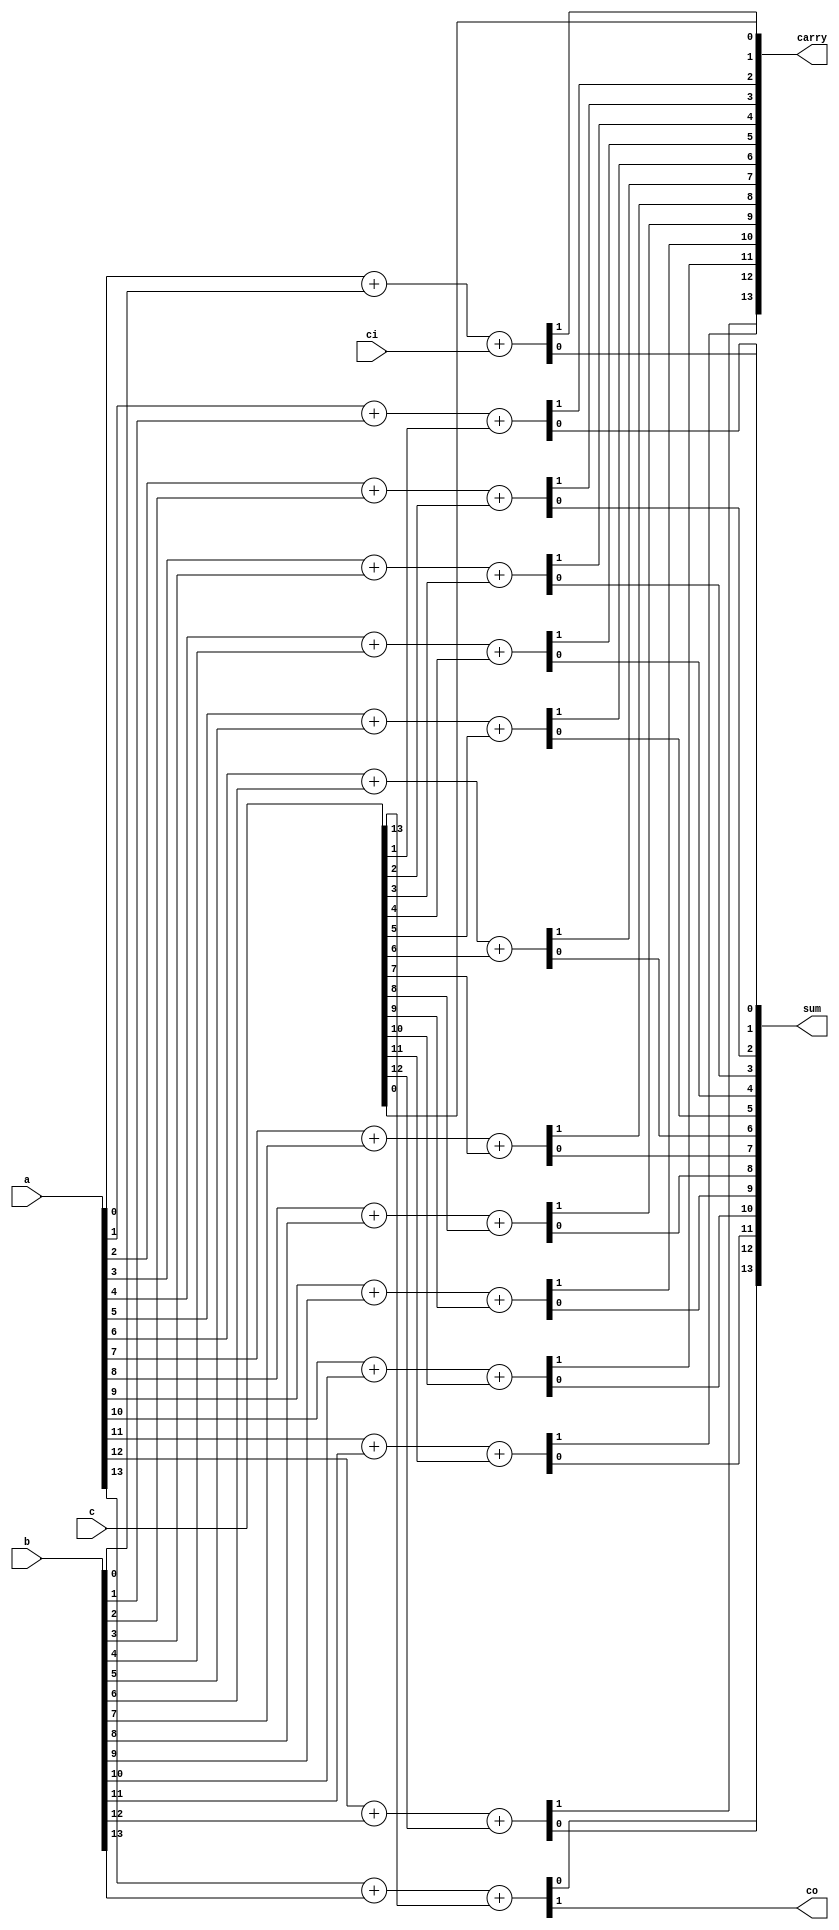
         

//--------------------------------------------------------------------------------------------------
//
// Title       : DW01_csa
// Design      : Carry Save Adder

// Company     : 
//-------------------------------------------------------------------------------------------------
//
// Description : DW01_csa adds three operands a, b, and c with a carry-in (ci) to produce the outputs 
//               sum and carry with a carry-out (co.)
//
//-------------------------------------------------------------------------------------------------

module DW01_csa ( a, b, c, ci, carry, sum, co )/* synthesis syn_builtin_du = "weak" */;
	parameter	width	= 14;//parameter specifying number of bits 
	//Input/output declaration
	input [width - 1 : 0]	a; //input line 1
	input [width - 1 : 0]	b; //input line 2
	input [width - 1 : 0]	c; //input line 3
	input					ci;//input carry in
	
	output	[width - 1 : 0]	sum;//output sum
	output	[width - 1 : 0]	carry;//output carry
	output					co;//output carry_out 
	//Register declaration
	reg		[width - 1 : 0]	sum;//output sum
	reg		[width - 1 : 0]	carry;//output carry
	reg 					co;
	integer					i;
	
	//Carry Save adder with carry_in
	//For width > 1, carry[0] = c[0]
	always@( a or b or c or ci )
	begin
		{carry[0], sum[0]} = csa(a[0], b[0], ci);
		// synthesis loop_limit 2000  
		for( i = 1 ; i < width ; i = i + 1 )
			{carry[i], sum[i]} = csa(a[i], b[i], c[i]);

		co = carry[ width - 1 ];
		carry = carry << 1 ;
		carry[0] = c[0] ;
	end	 					   

	//Carry Save adder with carry_in
	//For width > 1, carry[0] = cin. Functionally both are same
//	always@( a or b or c or ci )
//		if( width == 1 )
//		begin
//			{co, sum} = csa( a, b, c );
//			carry = ci;
//		end
//		else
//		begin
//			for( i = 0 ; i < width ; i = i + 1 )
//				{ carry[i], sum[i] } =	csa( a[i], b[i], c[i]);
//			
//			co = carry[ width - 1 ];
//			carry = carry << 1;
//			carry[0] = ci;
//		end
	
	
	//single bit carry save adder function 
	function [1:0] csa; 
		input	a, b, c;
		begin	   
			csa [1:0] = a + b + c;
		end
	endfunction
	
endmodule